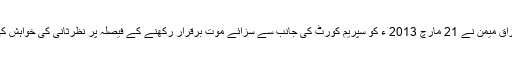
عبدالرزاق میمن نے 21 مارچ 2013 ء کو سپریم کورٹ کی جانب سے سزائے موت برقرار رکھنے کے فیصلہ پر نظرثانی کی خواہش کی تھی۔